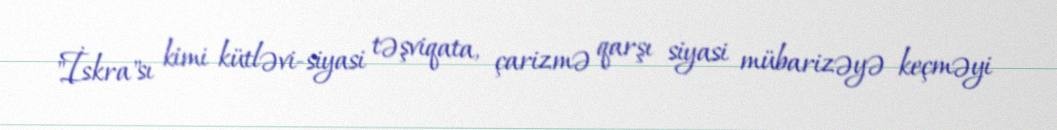
"İskra"sı kimi kütləvi-siyasi təşviqata, çarizmə qarşı siyasi mübarizəyə keçməyi